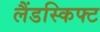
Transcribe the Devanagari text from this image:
लैंडस्किफ्ट